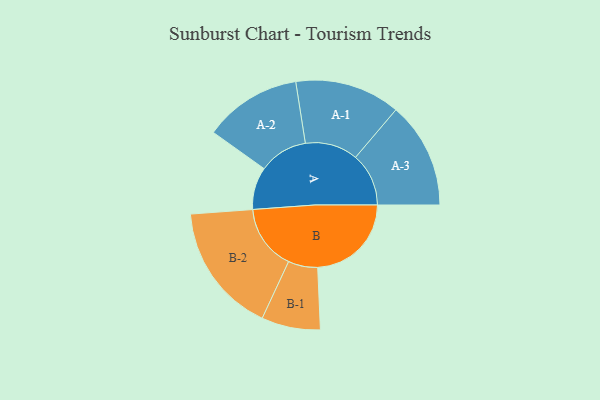
{"axis": {"x": "Segment", "y": "Value"}, "legend": ["", "A", "B"], "data": [{"x": "A", "y": 195, "type": ""}, {"x": "B", "y": 430, "type": ""}, {"x": "A-1", "y": 242, "type": "A"}, {"x": "A-2", "y": 224, "type": "A"}, {"x": "A-3", "y": 244, "type": "A"}, {"x": "B-1", "y": 135, "type": "B"}, {"x": "B-2", "y": 299, "type": "B"}]}